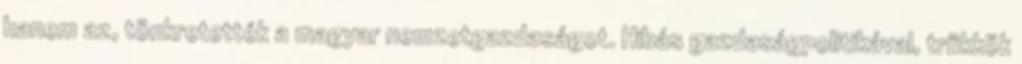
hanem az, tönkretették a magyar nemzetgazdaságot. Hibás gazdaságpolitikával, trükkök